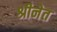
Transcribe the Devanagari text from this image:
श्रीनेत